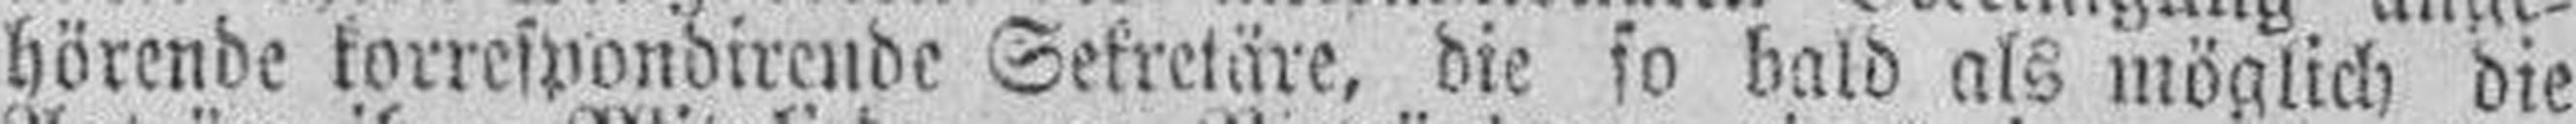
hörende korrespondirende Sekretäre, die so bald als möglich die